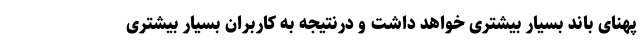
پهنای باند بسیار بیشتری خواهد داشت و درنتیجه به کاربران بسیار بیشتری